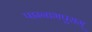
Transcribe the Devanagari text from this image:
पद्मनाभपुराम्